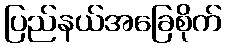
ပြည်နယ်အခြေစိုက်